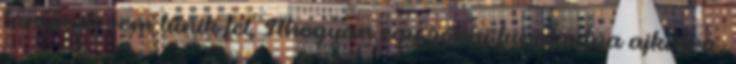
lánynak sem tűnik fel. Ahogyan egy sóhaj furakodna ajkaira,